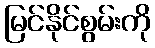
မြင်နိုင်စွမ်းကို